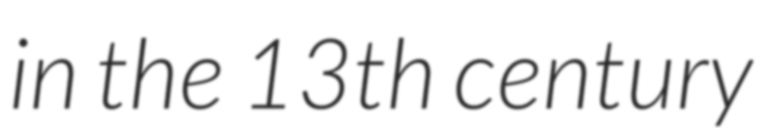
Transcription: in the 13th century